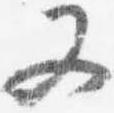
又